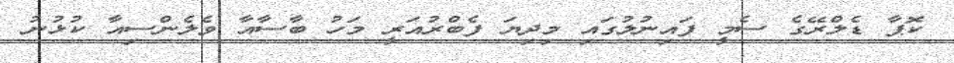
ކޮޕާ ޑެލްރޭގެ ސެމީ ފައިނުލުގައި މިދިޔަ ފެބްރުއަރީ މަހު ބާސާއާ ވެލެންސިއާ ކުޅުނު